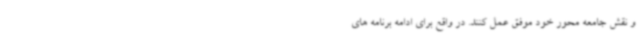
و نقش جامعه محور خود موفق عمل کنند. در واقع برای ادامه برنامه های